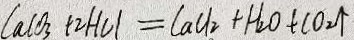
C a C O _ { 3 } + 2 H C l = C a C l _ { 2 } + H _ { 2 } O + C O _ { 2 } \uparrow